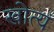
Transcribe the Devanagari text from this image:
खोत्यं